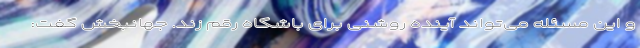
و این مسئله می‌تواند آینده روشنی برای باشگاه رقم زند. جهانبخش گفت: